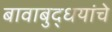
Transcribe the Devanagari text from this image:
बावाबुद्धयांचे